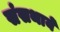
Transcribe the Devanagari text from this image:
संसथायें